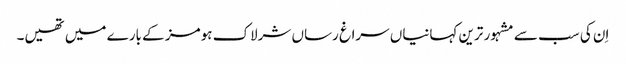
اِن کی سب سے مشہور ترین کہانیاں سراغ رساں شرلاک ہومز کے بارے میں تھیں۔